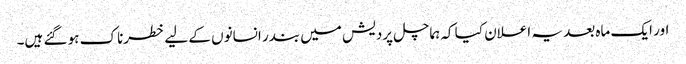
اور ایک ماہ بعد یہ اعلان کیا کہ ہماچل پردیش میں بندر انسانوں کے لیے خطرناک ہو گئے ہیں۔